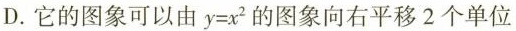
D. 它的图象可以由 $$y = x^2$$ 的图象向右平移 2 个单位